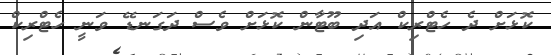
ކޮޅަށް ދެ ހެޓްރިކް އަދި ބޫޓާން ކޮޅަށް ވެސް ދަގަނޑޭ ވަނީ ހެޓްރިކް